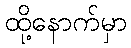
ထို့နောက်မှာ